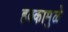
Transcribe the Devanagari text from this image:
हक्कामुळे